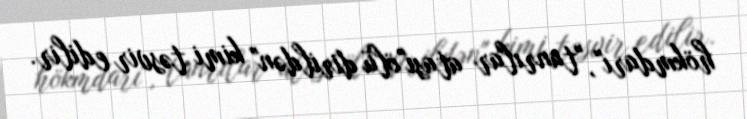
hökmdarı", "tanrılar atası"ölü dirildən" kimi təsvir edilir.